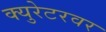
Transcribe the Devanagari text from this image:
क्युरेटरवर